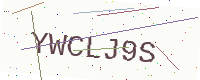
Text: YWCLJ9S